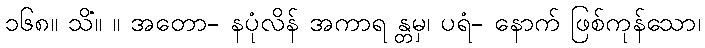
၁၆၈။ သိံ။ ။ အတော- နပုံလိန် အကာရ န္တမှ၊ ပရံ- နောက် ဖြစ်ကုန်သော၊